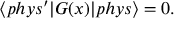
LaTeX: \langle p h y s ^ { \prime } | G ( x ) | p h y s \rangle = 0 .